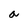
Character: a